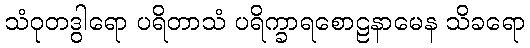
သံဝုတဒွါရော ပရိတာသံ ပရိက္ခာရစောဠနာမေန သိခရော